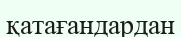
қатағандардан